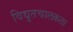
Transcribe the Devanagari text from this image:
विद्युतचालकता